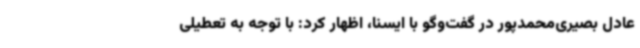
عادل بصیری‌محمدپور در گفت‌وگو با ایسنا، اظهار کرد: با توجه به تعطیلی